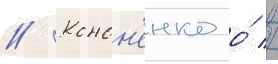
// Конон'енко о́ //